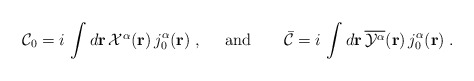
\begin{align*}{\cal C}_{0}=i\,\int d{\bf{r}}\,{\textstyle {\cal X}^{\alpha}}({\bf r})\,j_{0}^{\alpha}({\bf r})\;,\;\;\;\;\;\mbox{and}\;\;\;\;\;\;\;{\bar {\cal C}}=i\,\int d{\bf{r}}\,\overline{{\cal Y}^{\alpha}}({\bf r})\,j_{0}^{\alpha}({\bf r})\;.\end{align*}